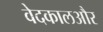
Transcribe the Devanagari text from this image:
वेदकालऔर